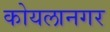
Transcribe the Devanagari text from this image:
कोयलानगर